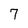
Character: 7